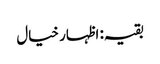
بقیہ: اظہار خیال